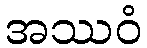
အဿဝံ